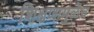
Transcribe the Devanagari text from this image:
शिक्षणामुळेच